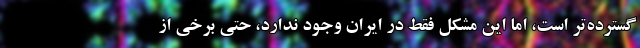
گسترده‌تر است، اما این مشکل فقط در ایران وجود ندارد، حتی برخی از